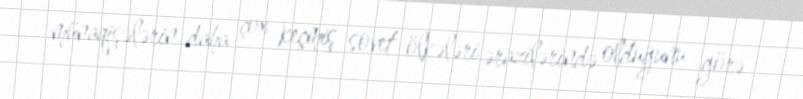
münaqişələrin daha çox keçmiş sovet ölkələri ərazilərində olduğunu görə